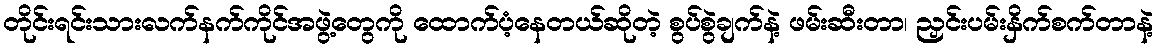
တိုင်းရင်းသားလက်နက်ကိုင်အဖွဲ့တွေကို ထောက်ပံ့နေတယ်ဆိုတဲ့ စွပ်စွဲချက်နဲ့ ဖမ်းဆီးတာ၊ ညှင်းပမ်းနှိက်စက်တာနဲ့